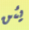
يئن